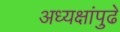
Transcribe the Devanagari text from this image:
अध्यक्षांपुढे